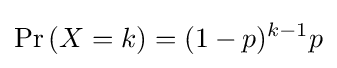
\Pr \,(X=k)=(1-p)^{k-1}p